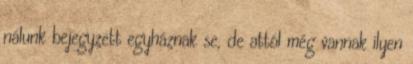
nálunk bejegyzett egyháznak se, de attól még vannak ilyen